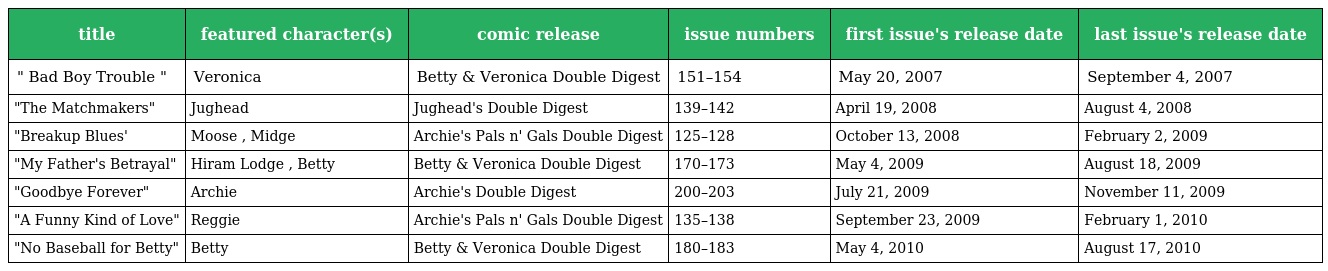
| title | featured character(s) | comic release | issue numbers | first issue's release date | last issue's release date |
 | --- | --- | --- | --- | --- | --- |
 | " Bad Boy Trouble " | Veronica | Betty & Veronica Double Digest | 151–154 | May 20, 2007 | September 4, 2007 |
 | "The Matchmakers" | Jughead | Jughead's Double Digest | 139–142 | April 19, 2008 | August 4, 2008 |
 | "Breakup Blues' | Moose , Midge | Archie's Pals n' Gals Double Digest | 125–128 | October 13, 2008 | February 2, 2009 |
 | "My Father's Betrayal" | Hiram Lodge , Betty | Betty & Veronica Double Digest | 170–173 | May 4, 2009 | August 18, 2009 |
 | "Goodbye Forever" | Archie | Archie's Double Digest | 200–203 | July 21, 2009 | November 11, 2009 |
 | "A Funny Kind of Love" | Reggie | Archie's Pals n' Gals Double Digest | 135–138 | September 23, 2009 | February 1, 2010 |
 | "No Baseball for Betty" | Betty | Betty & Veronica Double Digest | 180–183 | May 4, 2010 | August 17, 2010 |